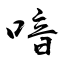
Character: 喑